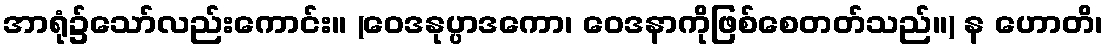
အာရုံ၌သော်လည်းကောင်း။ (ဝေဒနုပ္ပာဒကော၊ ဝေဒနာကိုဖြစ်စေတတ်သည်။) န ဟောတိ၊